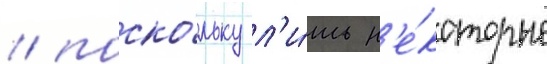
/ поско́льку л'и́шь н'е́которые